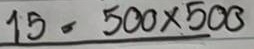
15 = 500 x 500